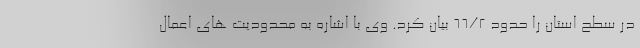
در سطح استان را حدود 66/2 بیان کرد. وی با اشاره به محدودیت های اعمال